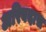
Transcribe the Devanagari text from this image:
अरिबदास